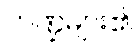
ကဏ္ဍများ၏